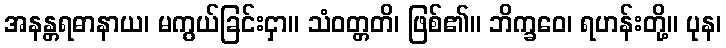
အနန္တရဓာနာယ၊ မကွယ်ခြင်းငှာ။ သံဝတ္တတိ၊ ဖြစ်၏။ ဘိက္ခဝေ၊ ရဟန်းတို့။ ပုန၊